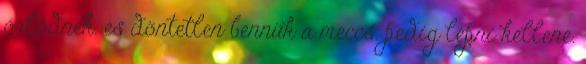
őrlődnek. és döntetlen bennük a meccs. pedig lépni kellene.